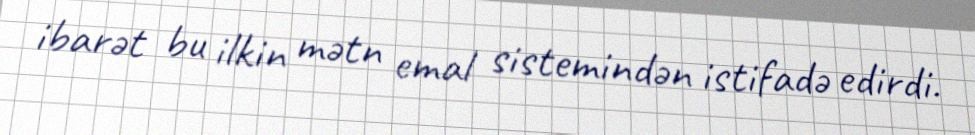
ibarət bu ilkin mətn emal sistemindən istifadə edirdi.